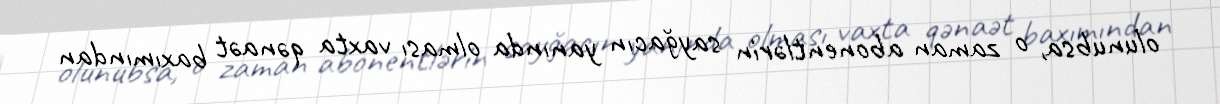
olunubsa, o zaman abonentlərin sayğacın yanında olması vaxta qənaət baxımından